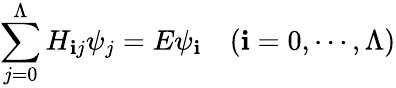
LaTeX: \sum_{j=0}^{\Lambda}H_{\mathbf{i}j}\psi_{j}=E\psi_{\mathbf{i}}\quad(\mathbf{i}=0,\cdots,\Lambda)